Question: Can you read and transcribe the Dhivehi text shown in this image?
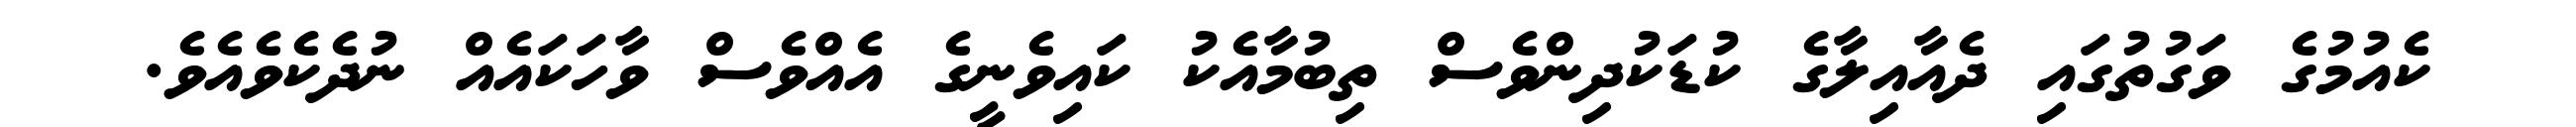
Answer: ކެއުމުގެ ވަގުތުގައި ދެއާއިލާގެ ކުޑަކުދިންވެސް ތިބުމާއެކު ކައިވެނީގެ އެއްވެސް ވާހަކައެއް ނުދެކެވެއެވެ.